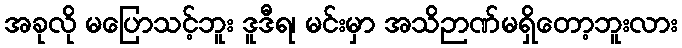
အခုလို မပြောသင့်ဘူး ဒူဒီရ၊ မင်းမှာ အသိဉာဏ်မရှိတော့ဘူးလား